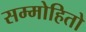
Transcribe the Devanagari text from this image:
सम्मोहितो